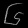
Digit: ၆